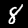
Label: 8